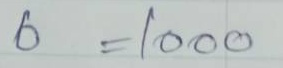
6 = 1000